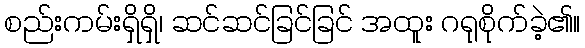
စည်းကမ်းရှိရှိ၊ ဆင်ဆင်ခြင်ခြင် အထူး ဂရုစိုက်ခဲ့၏။